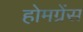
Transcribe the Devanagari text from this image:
होमग्रेंस